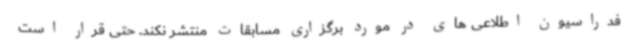
فدراسیون اطلاعی های در مورد برگزاری مسابقات منتشر نکند. حتی قرار است